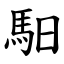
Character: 馹